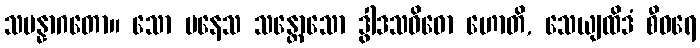
သမန္နာဂတော။ သော ပနေသ သန္တောသော ဒွါဒသဝိဓော ဟောတိ, သေယျထိဒံ စီဝရေ